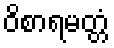
ဝိစာရမတ္တံ